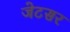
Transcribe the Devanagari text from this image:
जेटसर